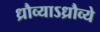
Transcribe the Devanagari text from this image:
ध्रौव्याऽध्रौव्ये